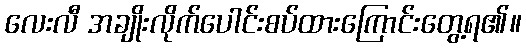
လေးလီ အချိုးလိုက်ပေါင်းစပ်ထားကြောင်းတွေ့ရ၏။